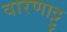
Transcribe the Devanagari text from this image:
वारणाट्टु